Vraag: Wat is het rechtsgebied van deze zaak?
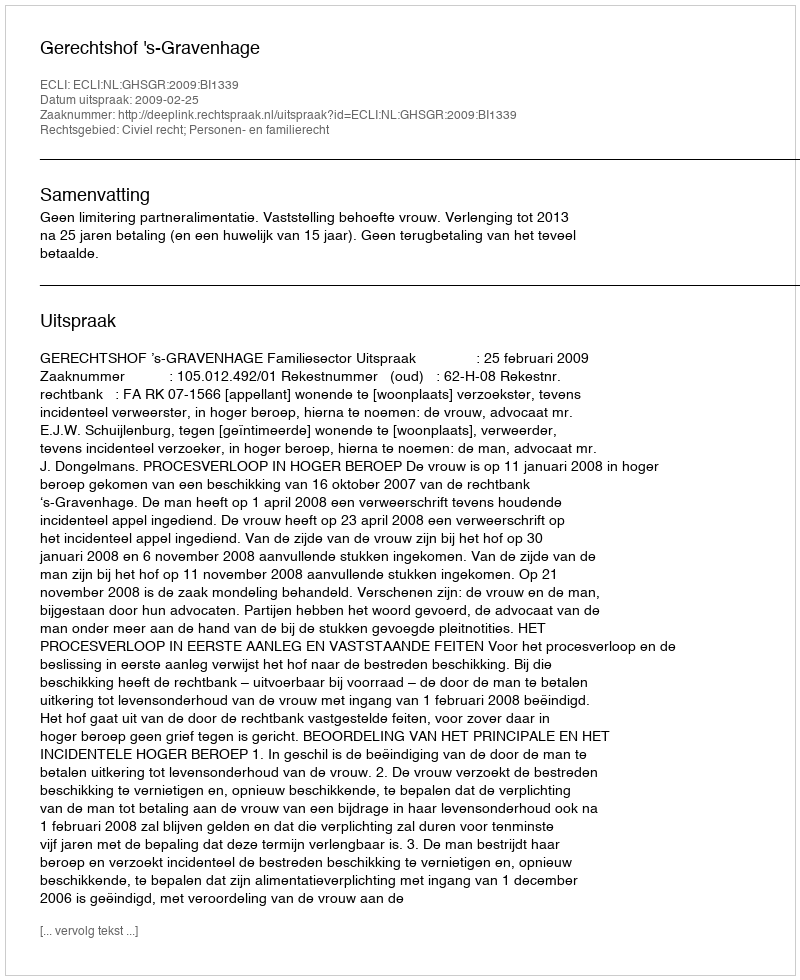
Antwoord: Civiel recht; Personen- en familierecht